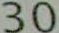
30